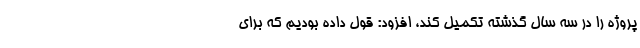
پروژه را در سه سال گذشته تکمیل کند، افزود: قول داده بودیم که برای